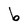
Character: b